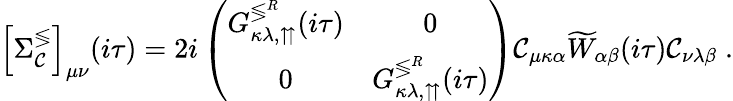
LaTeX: \left[\Sigma_{\mathcal{C}}^{\lessgtr}\right]_{\mu\nu}(i\tau)=2i\left(\begin{array}{cc}{G_{\kappa\lambda,\upuparrows}^{\lessgtr^{R}}(i\tau)}&{0}\\ {0}&{G_{\kappa\lambda,\upuparrows}^{\lessgtr^{R}}(i\tau)}\end{array}\right)\mathcal{C}_{\mu\kappa\alpha}\widetilde{{W}}_{\alpha\beta}(i\tau)\mathcal{C}_{\nu\lambda\beta}\; .